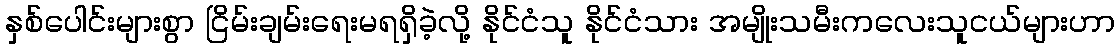
နှစ်ပေါင်းများစွာ ငြိမ်းချမ်းရေးမရရှိခဲ့လို့ နိုင်ငံသူ နိုင်ငံသား အမျိုးသမီးကလေးသူငယ်များဟာ